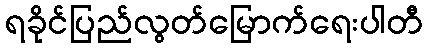
ရခိုင်ပြည်လွတ်မြောက်ရေးပါတီ